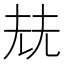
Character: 𡋰